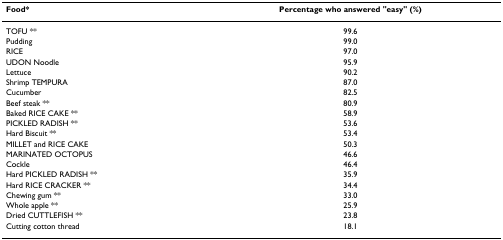
<table><thead><tr><td><b>Food*</b></td><td><b>Percentage who answered &quot;easy&quot; (%)</b></td></tr></thead><tbody><tr><td>TOFU **</td><td>99.6</td></tr><tr><td>Pudding</td><td>99.0</td></tr><tr><td>RICE</td><td>97.0</td></tr><tr><td>UDON Noodle</td><td>95.9</td></tr><tr><td>Lettuce</td><td>90.2</td></tr><tr><td>Shrimp TEMPURA</td><td>87.0</td></tr><tr><td>Cucumber</td><td>82.5</td></tr><tr><td>Beef steak **</td><td>80.9</td></tr><tr><td>Baked RICE CAKE **</td><td>58.9</td></tr><tr><td>PICKLED RADISH **</td><td>53.6</td></tr><tr><td>Hard Biscuit **</td><td>53.4</td></tr><tr><td>MILLET and RICE CAKE</td><td>50.3</td></tr><tr><td>MARINATED OCTOPUS</td><td>46.6</td></tr><tr><td>Cockle</td><td>46.4</td></tr><tr><td>Hard PICKLED RADISH **</td><td>35.9</td></tr><tr><td>Hard RICE CRACKER **</td><td>34.4</td></tr><tr><td>Chewing gum **</td><td>33.0</td></tr><tr><td>Whole apple **</td><td>25.9</td></tr><tr><td>Dried CUTTLEFISH **</td><td>23.8</td></tr><tr><td>Cutting cotton thread</td><td>18.1</td></tr></tbody></table>